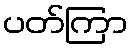
ပတ်ကြာ